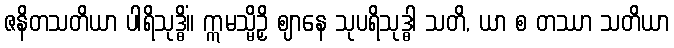
ဇနိတသတိယာ ပါရိသုဒ္ဓိံ။ ဣမသ္မိဉှိ ဈာနေ သုပရိသုဒ္ဓါ သတိ, ယာ စ တဿာ သတိယာ